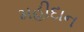
મહીદાન